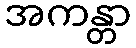
အကန္တာ